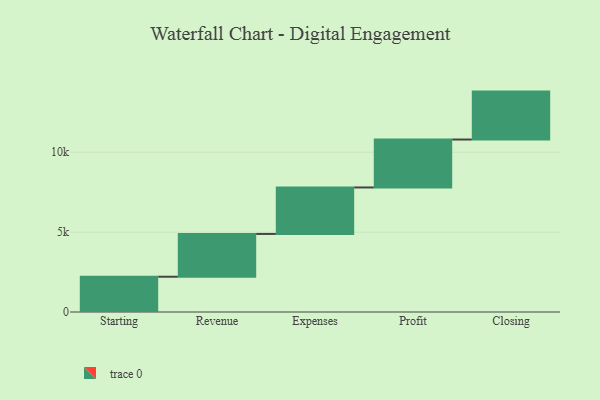
{"axis": {"x": "Step", "y": "Value"}, "legend": [""], "data": [{"x": "Starting", "y": 2207.0, "type": ""}, {"x": "Revenue", "y": 2679.0, "type": ""}, {"x": "Expenses", "y": 2909.0, "type": ""}, {"x": "Profit", "y": 3000, "type": ""}, {"x": "Closing", "y": 3000, "type": ""}]}